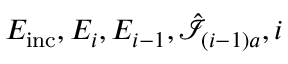
E _ { \mathrm { i n c } } , E _ { i } , E _ { i - 1 } , \hat { \mathcal { I } } _ { ( i - 1 ) a } , i